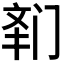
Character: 𲈾